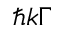
\hbar k \Gamma